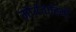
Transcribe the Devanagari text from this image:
मौर्यवाहिनी